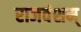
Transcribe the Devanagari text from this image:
राजवंशम्